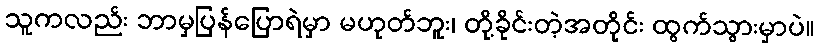
သူကလည်း ဘာမှပြန်ပြောရဲမှာ မဟုတ်ဘူး၊ တို့ခိုင်းတဲ့အတိုင်း ထွက်သွားမှာပဲ။